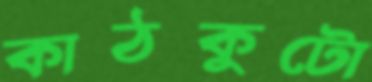
কাঠকুটো